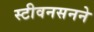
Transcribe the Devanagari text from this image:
स्टीवनसनने